Vaccination in the Punjab 1905-1918 - 1905-1918
Year: 1905
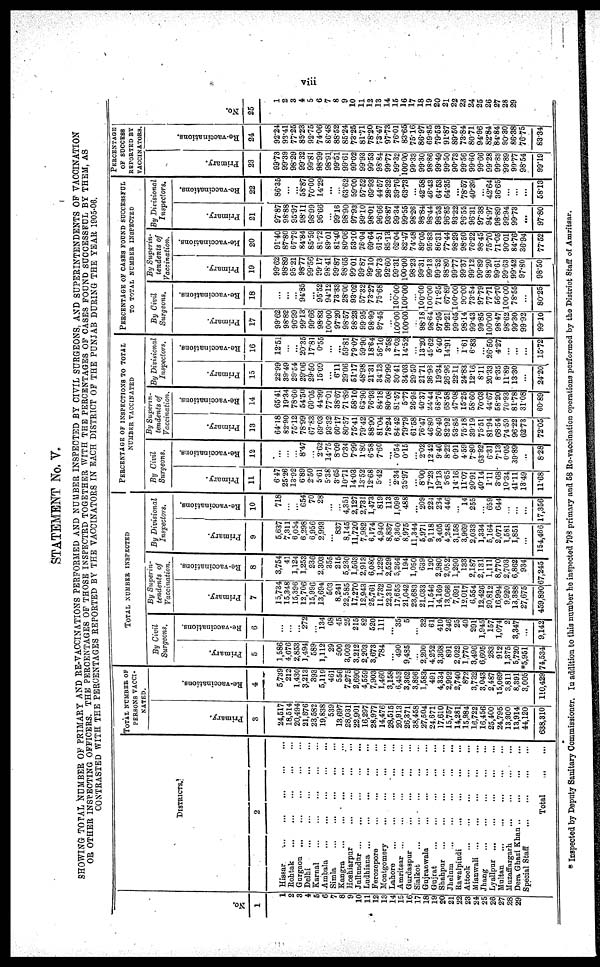
viii
STATEMENT No. V.
SHOWING TOTAL NUMBER OF PRIMARY AND RE-VACCINATIONS PERFORMED AND NUMBER INSPECTED BY CIVIL SURGEONS, AND SUPERINTENDENTS OF VACCINATION
OR OTHER INSPECTING OFFICERS. THE PERCENTAGES OF THOSE INSPECTED TOGETHER WITH THE PERCENTAGES OF CASES FOUND SUCCESSFUL BY THEM, AS
CONTRASTED
WITH
THE
PERCENTAGES REPORTED BY THE VACCINATORS IN EACH DISTRICT OF THE PUNJAB DURING THE YEAR 1905-06.
No.
1
1
2
3
4
5
6
7
8
9
10
11
12
13
14
15
16
17
18
19
20
21
22
23
24
25
26
27
28
29
DISTRICTS.
2
Hissar ... ... ... ... ...
Rohtak ... ... ... ... ...
Gurgaon ... ... ... ... ...
Delhi
...
...
...
...
...
Karnal
...
...
...
...
...
Ambala ... ... ... ... ...
Simla ... ... ... ... ...
Kangra
...
...
...
...
...
Hoshiarpur ... ... ... ...
Jullundur ... ... ... ... ...
Ludhiana ... ... ... ... ...
Ferozepore ... ... ... ...
Montgomery ... ... ... ...
Lahore ... ... ... ... ...
Amritsar ... ... ... ... ...
Gurdaspur ... ... ... ...
Sialkot ... ... ... ... ...
Gujranwala ... ... ... ...
Gujrat ... ... ... ... ...
Shahpur ... ... ... ... ...
Jhelum ... ... ... ... ...
Rawalpindi ... ... ... ...
Attock ... ... ... ... ...
Mianwali ... ... ... ... ...
Jhang ... ... ... ... ...
Lyallpur ... ... ... ... ...
Multan ... ... ... ... ...
Muzaffargarh
...
...
...
...
Dera Ghazi Khan
...
...
...
...
Special Staff
...
...
...
...
Total
...
TOTAL NUMBER OF
PERSONS VACCI-
NATED.
Primary.
3
24,517
18,514
20,494
21,676
23,582
19,838
539
13,697
28,031
22,901
16,297
28,977
14,476
28,515
20,913
26,371
38,458
27,504
24,671
17,610
15,757
14,281
15,984
16,722
16,456
25,400
24,795
13,300
13,914
44,120
638,310
Re -
va c c i
na t
i
ons .
4
5,739
212
1,430
3,213
393
5,119
461
556
7,275
2,690
4,559
7,903
1,460
3,158
6,453
3,362
3,896
1,583
491
4,334
2,992
2,740
872
3,732
3,043
2,487
15,069
3,811
8,391
3,005
110,429
TOTAL NUMBER INSPECTED
By Civil
Surgeons.
Primary.
5
1,586
4,676
2,853
1,494
589
1,112
29
500
3,003
3,212
2,203
3,673
784
...
490
9,485
...
2,200
4,252
3,368
891
2,022
1,770
3,496
6,605
283
912
1,375
5,720
*5,951
74,534
Re-vaccinations.
6
...
...
...
272
...
134
68
45
25
215
82
520
111
...
35
5
...
32
61
410
246
25
40
291
1,945
157
1,074
2
3,347
...
9,142
By Superin-
tendents of
Vaccination.
Primary.
7
15,734
15,348
15,396
12,706
15,996
13,694
503
8,241
22,585
17,270
12,943
25,761
11,732
22,310
17,655
21,042
23,683
21,033
11,546
14,169
13,066
7,691
12,017
6,554
12,426
20,812
16,994
9,920
13,388
27,675
459,890
Re-vaccinations.
8
3,754
41
1,124
1,253
236
2,303
355
215
5,230
1,563
2,913
6,080
1,229
2,529
5,264
194
1,050
639
120
2,980
2,052
1,290
133
2,187
2,131
1,111
8,770
2,703
6,862
934
67,245
By Divisional
Inspectors.
Primary.
9
5,637
7,311
6,054
6,298
6,956
2,993
...
837
8,145
11,720
7,982
6,174
4,940
8,837
6,360
8,975
11,344
5,971
9,118
3,405
4,248
3,158
3,969
2,033
1,334
5,164
2,071
1,581
1,851
...
154,466
Re-vaccinations.
10
718
...
...
654
70
28
...
...
4,351
2,127
2,731
1,473
819
113
1,099
488
...
209
224
234
446
...
14
255
...
659
644
...
...
...
17,356
PERCENTAGE OF INSPECTIONS TO TOTAL
NUMBER VACCINATED
By Civil
Surgeons.
Primary.
11
6.47
25.26
13.92
6.89
2.50
5.61
5.38
3.65
10.71
14.03
13.52
12.68
5.42
...
2.34
35.97
...
8.00
17.23
19.13
5.65
14.16
11.07
20.91
40.14
1.11
3.68
10.34
41.11
13.49
11.68
Re-vaccinations.
12
...
...
...
8.47
...
2.62
14.75
8.09
0.34
7.99
1.80
6.58
7.60
...
0.54
0.15
...
2.02
12.42
9.46
8.22
0.91
4.59
7.80
63.92
6.31
7.13
0.05
39.89
...
8.28
By Superin-
tendents of
Vaccination.
Primary.
13
64.18
82.90
75.12
78.99
67.83
69.03
93.32
60.17
80.57
75.41
79.42
88.90
81.04
78.24
84.42
79.79
61.58
76.47
46.80
80.46
82.92
53.85
75.18
39.19
75.51
81.94
68.54
74.59
96.22
62.73
72.05
Re-vaccinations.
14
65.41
19.34
78.60
54.50
60.05
44.99
77.01
38.67
71.89
58.10
63.90
76.93
84.18
80.08
81.57
5.77
26.95
40.37
24.44
68.76
68.58
47.08
15.25
58.60
70.03
44.67
58.20
70.93
81.78
31.08
60.89
By Divisional
Inspectors.
Primary.
15
22.99
39.49
29.54
29.06
29.50
15.09
... 6.11
29.06
51.17
48.98
21.31
34.13
30.99
30.41
34.03
29.50
21.71
36.96
19.34
26.96
22.11
24.83
12.16
8.11
20.33
8.35
11.89
13.30
...
24.20
Re-vaccinations.
16
12.51
...
...
20.35
17.81
0.55
...
...
59.81
79.07
59.90
18.64
56.10
3.58
17.03
14.52
...
13.20
45.62
5.40
14.91
...
1.61
6.83
...
26.50
4.27
...
...
...
15.72
PERCENTAGE OF CASES FUND SUCCESSFUL
TO TOTAL NUMBER INSPECTED
By Civil
Surgeons.
Primary.
17
99.62
98.82
96.99
99.13
99.66
98.83
100.00
97.20
98.57
98.23
99.95
98.99
97.45
...
100.00
100.00
...
98.18
98.64
97.95
99.21
99.65
98.14
99.43
99.85
100.00
98.47
98.62
99.30
99.92
99.10
Re-vaccinations.
18
...
...
...
94.85
...
95.52
94.12
73.33
28.00
93.02
57.32
73.27
75.68
...
100.00
100.00
...
100.00
100.00
71.95
67.89
100.00
90.00
73.54
97.79
77.71
56.70
100.00
78.55
...
80.25
By Superin-
tendents of
Vaccination.
Primary.
19
99.62
98.89
95.21
98.77
99.56
99.17
98.41
99.87
98.65
99.01
99.87
99.10
96.73
92.60
99.31
100.00
98.23
99.31
99.13
99.52
98.80
99.77
99.37
99.12
99.89
98.20
99.61
99.63
99.42
97.80
98.50
Re-vaccinations.
20
91.40
87.80
67.79
84.84
85.59
81.72
89.01
81.40
80.06
53.10
76.04
69.64
61.51
85.13
62.04
82.47
74.48
89.05
95.83
86.31
77.44
98.29
98.50
76.22
98.45
75.70
71.05
90.01
84.76
36.94
77.52
By Divisional
Inspectors.
Primary.
21
97.87
98.88
95.97
98.11
98.99
96.66
...
99.16
98.90
97.93
99.10
98.01
96.66
93.87
99.34
99.55
98.26
98.84
98.44
98.53
96.85
93.22
96.55
96.31
97.38
94.97
98.89
99.94
99.73
...
97.80
Re-vaccinations.
22
86.35
...
...
58.87
70.00
14.29
...
...
63.62
59.00
57.52
69.93
44.57
28.32
39.76
63.73
...
42.58
46.43
64.53
64.35
...
78.57
40.39
...
42.64
36.65
...
...
...
58.13
PERCENTAGE
OF SUCCESS
REPORTED BY
VACCINATORS.
Primary.
23
99.73
99.39
98.29
99.32
99.81
98.99
98.91
99.51
99.61
99.02
99.93
99.53
98.84
99.77
99.32
100.00
99.33
99.30
98.86
99.49
99.50
90.73
99.56
99.60
99.66
99.28
99.83
99.89
99.77
98.54
99.19
Re-vaccinations.
24
92.24
93.41
77.25
85.23
92.75
74.06
86.48
88.52
85.24
73.25
81.71
78.20
73.47
97.73
76.01
83.65
75.16
86.97
69.85
79.53
91.87
89.50
73.84
80.71
94.96
82.84
84.84
90.30
86.38
76.75
83.34
No.
25
1
2
3
4
5
6
7
8
9
10
11
12
13
14
15
16
17
18
19
20
21
22
23
24
25
26
27
28
29
* Inspected by Deputy Sanitary Commissioner. In addition to this number he inspected 798 primary and 58 Re-vaccination operations performed by the District Staff of Amritsar.